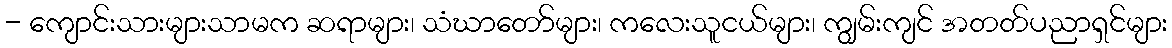
- ကျောင်းသားများသာမက ဆရာများ၊ သံဃာတော်များ၊ ကလေးသူငယ်များ၊ ကျွမ်းကျင် အတတ်ပညာရှင်များ